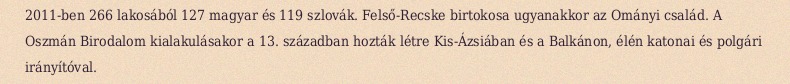
2011-ben 266 lakosából 127 magyar és 119 szlovák. Felső-Recske birtokosa ugyanakkor az Ományi család. A Oszmán Birodalom kialakulásakor a 13. században hozták létre Kis-Ázsiában és a Balkánon, élén katonai és polgári irányítóval.